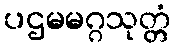
ပဌမမဂ္ဂသုတ္တံ